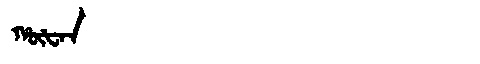
Manchu: ᡥᡡᡶᠠᠨ
Romanization: HŪFAN